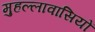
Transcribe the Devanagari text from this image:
मुहल्लावासियों